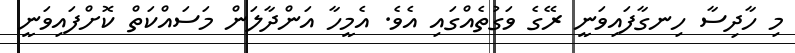
މި ހާދިސާ ހިނގާފައިވަނީ ރޭގެ ވަގުތެއްގައި އެވެ. އެމީހާ އަންދާލަން މަސައްކަތް ކޮށްފައިވަނީ